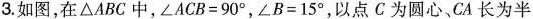
3.如图，在\triangle ABC中，$$\angle ACB=90^{\circ}$$，$$\angle B=15^{\circ}$$，以点C为圆心、CA长为半